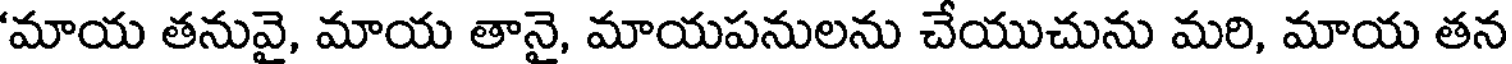
'మాయ తనువై, మాయ తానై, మాయపనులను చేయుచును మరి, మాయ తన